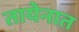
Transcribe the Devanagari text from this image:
तायेनात